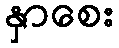
နှာစေး